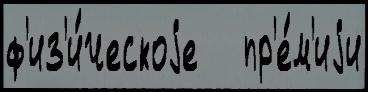
ф'из'и́ческоjе   пр'е́м'иjи